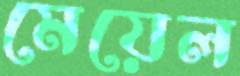
মেয়েল